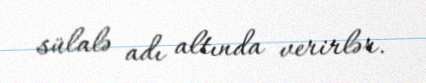
sülalə adı altında verirlər.